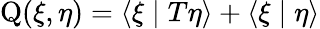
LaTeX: \operatorname{Q}(\xi,\eta)=\langle\xi\mid T\eta\rangle+\langle\xi\mid\eta\rangle